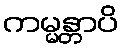
ကမ္မန္တာပိ